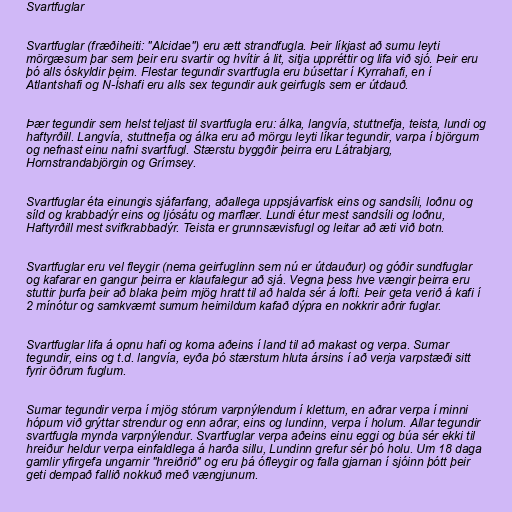
Svartfuglar

Svartfuglar (fræðiheiti: "Alcidae") eru ætt strandfugla. Þeir líkjast að sumu leyti
mörgæsum þar sem þeir eru svartir og hvítir á lit, sitja uppréttir og lifa við sjó. Þeir eru
þó alls óskyldir þeim. Flestar tegundir svartfugla eru búsettar í Kyrrahafi, en í
Atlantshafi og N-Íshafi eru alls sex tegundir auk geirfugls sem er útdauð.

Þær tegundir sem helst teljast til svartfugla eru: álka, langvía, stuttnefja, teista, lundi og
haftyrðill. Langvía, stuttnefja og álka eru að mörgu leyti líkar tegundir, varpa í björgum
og nefnast einu nafni svartfugl. Stærstu byggðir þeirra eru Látrabjarg,
Hornstrandabjörgin og Grímsey.

Svartfuglar éta einungis sjáfarfang, aðallega uppsjávarfisk eins og sandsíli, loðnu og
síld og krabbadýr eins og ljósátu og marflær. Lundi étur mest sandsíli og loðnu,
Haftyrðill mest svifkrabbadýr. Teista er grunnsævisfugl og leitar að æti við botn.

Svartfuglar eru vel fleygir (nema geirfuglinn sem nú er útdauður) og góðir sundfuglar
og kafarar en gangur þeirra er klaufalegur að sjá. Vegna þess hve vængir þeirra eru
stuttir þurfa þeir að blaka þeim mjög hratt til að halda sér á lofti. Þeir geta verið á kafi í
2 mínótur og samkvæmt sumum heimildum kafað dýpra en nokkrir aðrir fuglar.

Svartfuglar lifa á opnu hafi og koma aðeins í land til að makast og verpa. Sumar
tegundir, eins og t.d. langvía, eyða þó stærstum hluta ársins í að verja varpstæði sitt
fyrir öðrum fuglum.

Sumar tegundir verpa í mjög stórum varpnýlendum í klettum, en aðrar verpa í minni
hópum við grýttar strendur og enn aðrar, eins og lundinn, verpa í holum. Allar tegundir
svartfugla mynda varpnýlendur. Svartfuglar verpa aðeins einu eggi og búa sér ekki til
hreiður heldur verpa einfaldlega á harða sillu, Lundinn grefur sér þó holu. Um 18 daga
gamlir yfirgefa ungarnir "hreiðrið" og eru þá ófleygir og falla gjarnan í sjóinn þótt þeir
geti dempað fallið nokkuð með vængjunum.